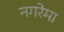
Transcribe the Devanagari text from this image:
नगरेमा